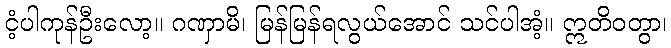
ငံ့ပါကုန်ဦးလော့။ ဂဏှာမိ၊ မြန်မြန်ရလွယ်အောင် သင်ပါအံ့။ ဣတိဝတွာ၊